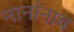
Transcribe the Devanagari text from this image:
नानांनाच